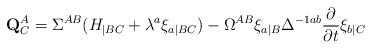
LaTeX: \begin{align*}{\bf Q}^A_C = \Sigma^{AB} (H_{|BC} + \lambda^a \xi_{a|BC})- \Omega^{AB} \xi_{a|B} \Delta^{-1ab} {{\partial} \over{\partial t}} \xi_{b|C}\end{align*}